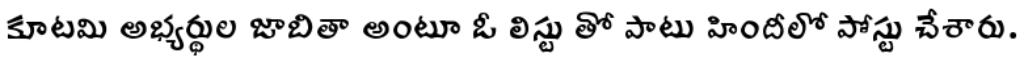
కూటమి అభ్యర్థుల జాబితా అంటూ ఓ లిస్టు తో పాటు హిందీలో పోస్టు చేశారు.